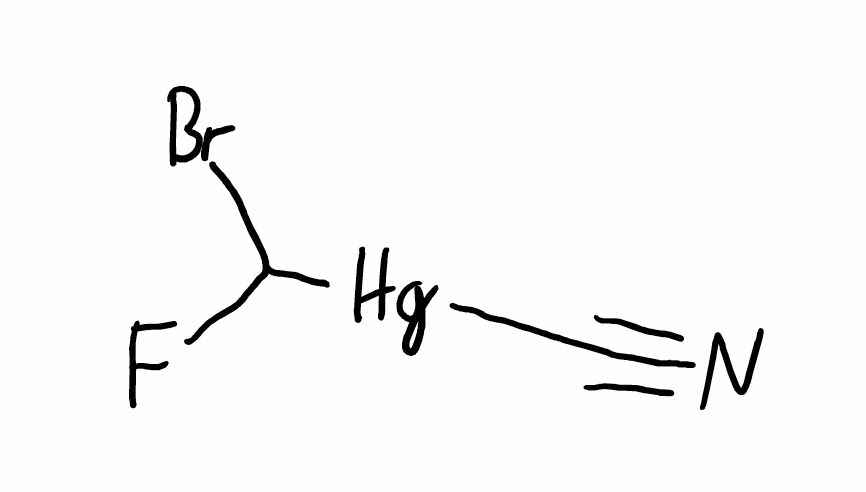
Simplified molecular-input line-entry system (SMILES) notation of the given molecule:
C(#N)[Hg]C(F)Br